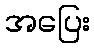
အပြေး